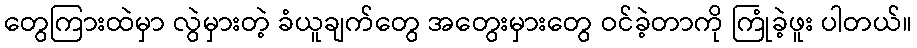
တွေကြားထဲမှာ လွဲမှားတဲ့ ခံယူချက်တွေ အတွေးမှားတွေ ဝင်ခဲ့တာကို ကြုံခဲ့ဖူး ပါတယ်။